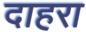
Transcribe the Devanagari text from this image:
दाहरा